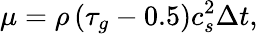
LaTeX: \mu=\rho\left(\tau_{g}-0.5\right)c_{s}^{2}\Delta t,